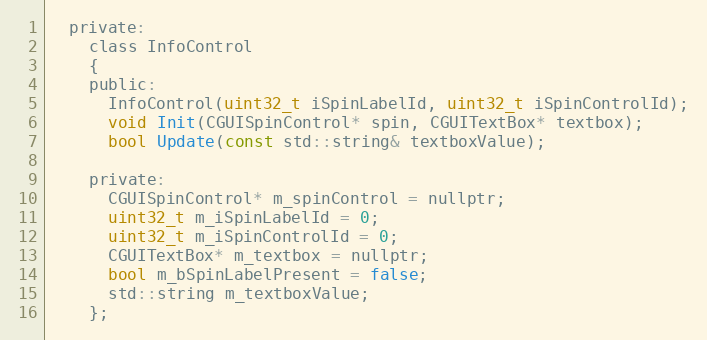
Language: C
  private:
    class InfoControl
    {
    public:
      InfoControl(uint32_t iSpinLabelId, uint32_t iSpinControlId);
      void Init(CGUISpinControl* spin, CGUITextBox* textbox);
      bool Update(const std::string& textboxValue);

    private:
      CGUISpinControl* m_spinControl = nullptr;
      uint32_t m_iSpinLabelId = 0;
      uint32_t m_iSpinControlId = 0;
      CGUITextBox* m_textbox = nullptr;
      bool m_bSpinLabelPresent = false;
      std::string m_textboxValue;
    };